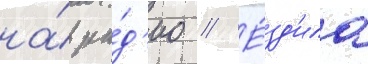
на́ ра́д'ио // Е́зд'ила